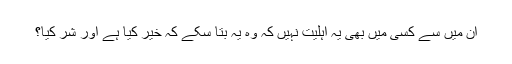
ان میں سے کسی میں بھی یہ اہلیت نہیں کہ وہ یہ بتا سکے کہ خیر کیا ہے اور شر کیا؟